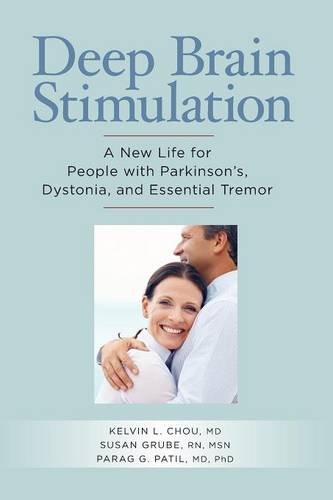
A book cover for Deep Brain Stimulation: "A New Life for People with Parkinson's, Dystonia, and Essential Tremor"; Kelvin L. Chou MD; Health, Fitness & Dieting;